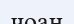
чоан